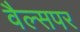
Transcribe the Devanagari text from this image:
वैल्सपर